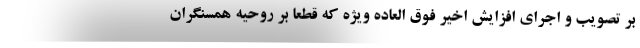
بر تصویب و اجرای افزایش اخیر فوق العاده ویژه که قطعا بر روحیه همسنگران